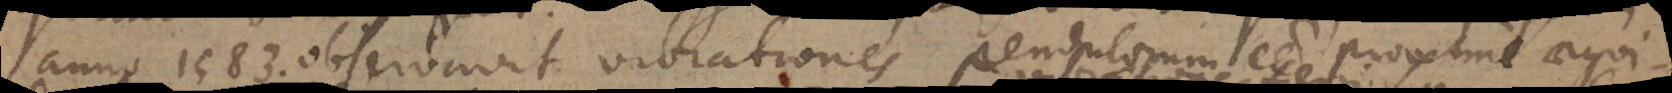
anno 1583. observavit vibrationes pendulorum esse proxime aequi-